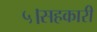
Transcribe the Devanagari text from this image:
५।सहकारी